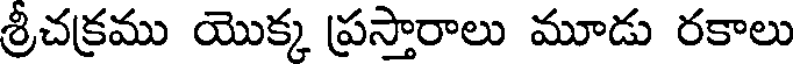
శ్రీచక్రము యొక్క ప్రస్తారాలు మూడు రకాలు